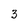
Character: 3